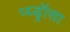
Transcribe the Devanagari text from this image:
प्य्ड्रॉसा